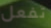
تفعل